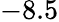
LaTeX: -8.5